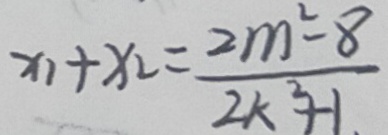
x _ { 1 } + x _ { 2 } = \frac { 2 m ^ { 2 } - 8 } { 2 k ^ { 2 } + 1 . }